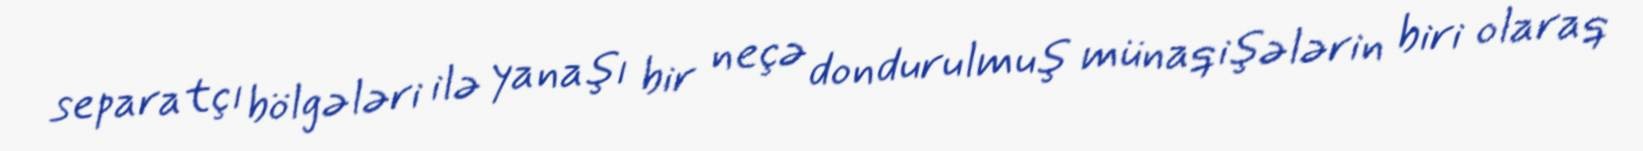
separatçı bölgələri ilə yanaşı bir neçə dondurulmuş münaqişələrin biri olaraq